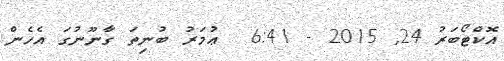
އޮކްޓޯބަރު 24